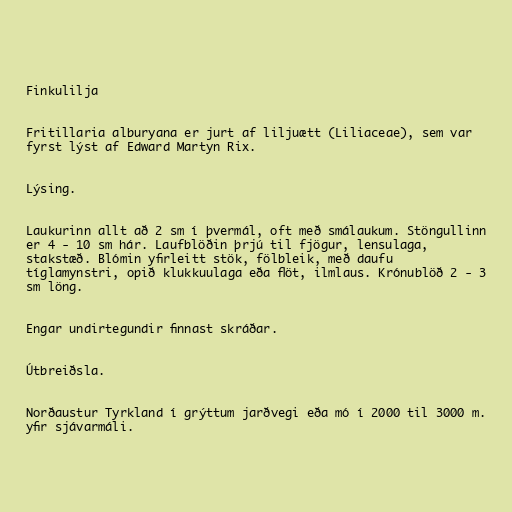
Finkulilja

Fritillaria alburyana er jurt af liljuætt (Liliaceae), sem var
fyrst lýst af Edward Martyn Rix.

Lýsing.

Laukurinn allt að 2 sm í þvermál, oft með smálaukum. Stöngullinn
er 4 - 10 sm hár. Laufblöðin þrjú til fjögur, lensulaga,
stakstæð. Blómin yfirleitt stök, fölbleik, með daufu
tíglamynstri, opið klukkuulaga eða flöt, ilmlaus. Krónublöð 2 - 3
sm löng.

Engar undirtegundir finnast skráðar.

Útbreiðsla.

Norðaustur Tyrkland í grýttum jarðvegi eða mó í 2000 til 3000 m.
yfir sjávarmáli.